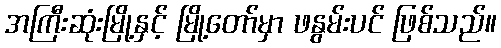
အကြီးဆုံးမြို့နှင့် မြို့တော်မှာ ဖနွမ်းပင် ဖြစ်သည်။